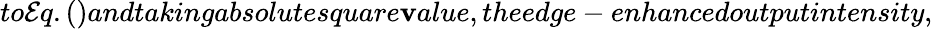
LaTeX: to\mathcal{E}q.()andtakingabsolutesquare\mathbf{v}alue,theedge-enhancedoutputintensity,